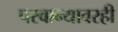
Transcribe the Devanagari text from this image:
परवान्यावरही